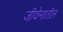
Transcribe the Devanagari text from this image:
जीवेनातील